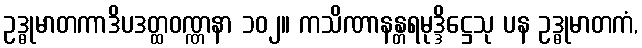
ဥဒ္ဓုမာတကာဒိပဒတ္ထဝဏ္ဏနာ ၁၀၂။ ကသိဏာနန္တရမုဒ္ဒိဋ္ဌေသု ပန ဥဒ္ဓုမာတကံ,